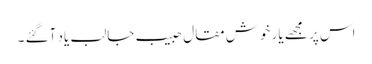
اس پر مجھے یارِ خوش مقال حبیب جالب یاد آگئے ۔